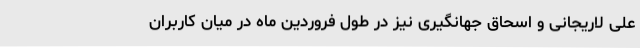
علی لاریجانی و اسحاق جهانگیری نیز در طول فروردین ماه در میان کاربران